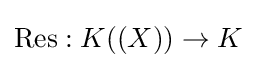
\operatorname {Res} :K((X))\to K